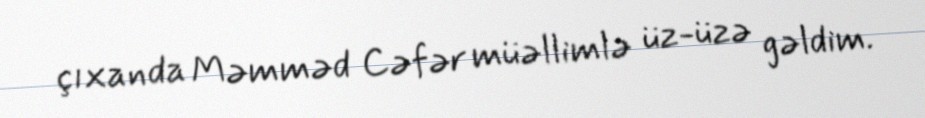
çıxanda Məmməd Cəfər müəllimlə üz-üzə gəldim.